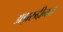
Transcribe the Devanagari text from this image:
अझरुद्दीनने